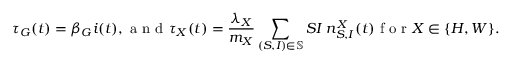
\tau _ { G } ( t ) = \beta _ { G } i ( t ) , \mathrm { ~ a ~ n ~ d ~ } \tau _ { X } ( t ) = \frac { \lambda _ { X } } { m _ { X } } \sum _ { ( S , I ) \in \mathbb { S } } S I \; n _ { S , I } ^ { X } ( t ) \mathrm { ~ f ~ o ~ r ~ } X \in \{ H , W \} .